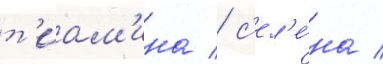
т'иам'ина / с'ел'е́на /